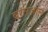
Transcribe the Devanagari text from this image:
बर्गरज़ाल